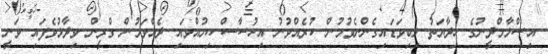
އިސްލާމްދީނުގެ ހިދާޔަތު ލިބިވަޑައިގެންނެވުމުން ކުރެއްވުނު އިހުސާސް ކިޔުއްވައި ދެއްވަމުން ގްރީން ވިދާޅުވެފައި ވަނީ